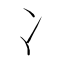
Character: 冫